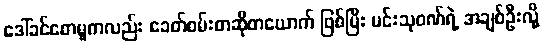
ဒေါ်ခင်စောမူကလည်း ခေတ်စမ်းစာဆိုတယောက် ဖြစ်ပြီး မင်းသုဝဏ်ရဲ့ အချစ်ဦးလို့